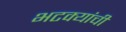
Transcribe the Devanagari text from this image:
भटक्यांची